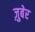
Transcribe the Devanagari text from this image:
ज़ुबेर